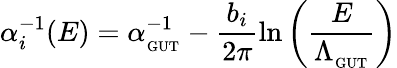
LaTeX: \alpha_{i}^{-1}(E)=\alpha_{_\mathrm{GUT}}^{-1}-\frac{b_{i}}{2\pi}\ln\left(\frac{E}{\Lambda_{_\mathrm{GUT}}}\right)